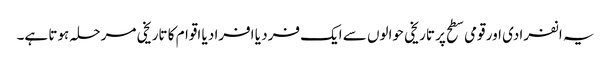
یہ انفرادی اور قومی سطح پر تاریخی حوالوں سے ایک فرد یا افراد یا اقوام کا تاریخی مرحلہ ہوتا ہے۔